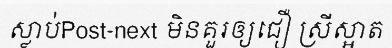
ស្លាប់Post-next មិនគួរឲ្យជឿ ស្រីស្អាត